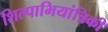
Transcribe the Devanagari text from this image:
शिल्पाभियांत्रिकी